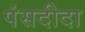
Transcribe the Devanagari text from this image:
पंसदीदा